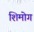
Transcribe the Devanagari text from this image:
शिमोग